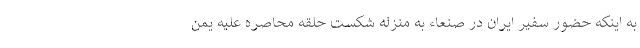
به اینکه حضور سفیر ایران در صنعاء به منزله شکست حلقه محاصره علیه یمن